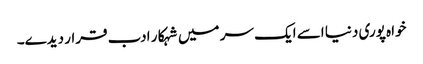
خواہ پوری دنیا اسے ایک سر میں شہکار ادب قرار دیدے۔